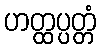
ဟတ္ထပ္ပတ္တံ